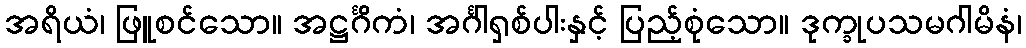
အရိယံ၊ ဖြူစင်သော။ အဋ္ဌင်္ဂိကံ၊ အင်္ဂါရှစ်ပါးနှင့် ပြည့်စုံသော။ ဒုက္ခုပသမဂါမိနံ၊